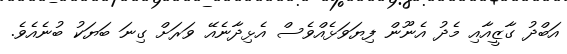
އަބްދު ގާޒީއާއި މެދު އެނޫން ފިޔަވަޅެއްވެސް އެޅިދާނެއޭ ވަރަށް ގިނަ ބަޔަކު ބުނެއެވެ.